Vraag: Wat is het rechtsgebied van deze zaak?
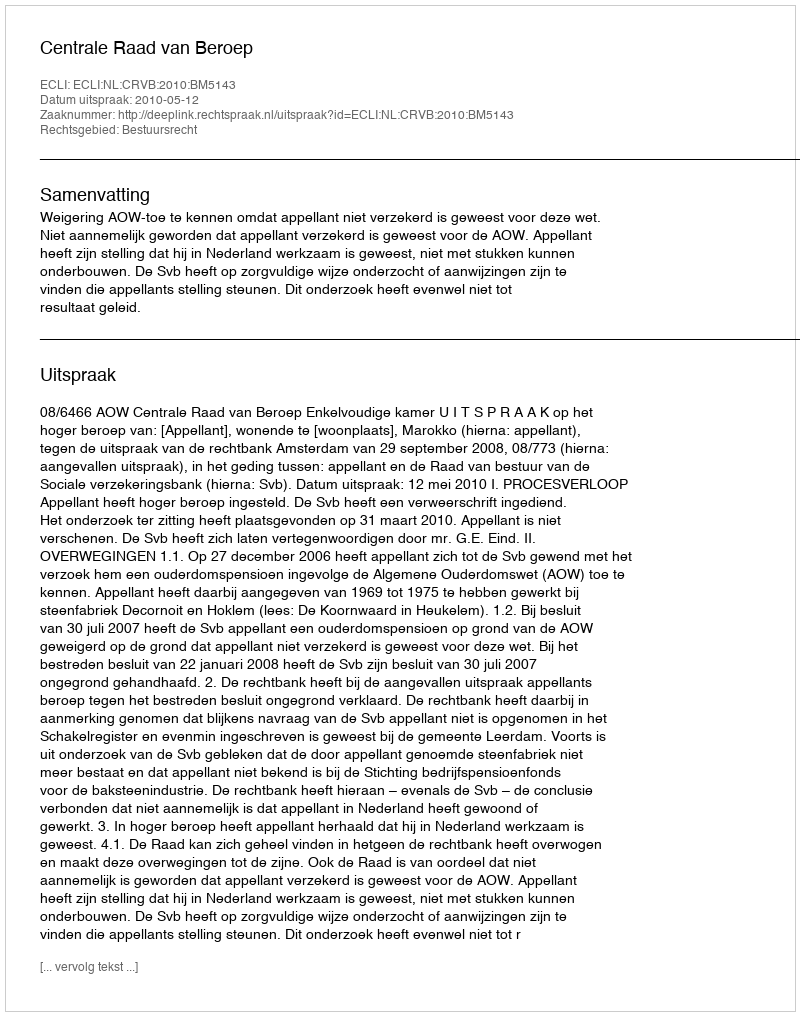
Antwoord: Bestuursrecht